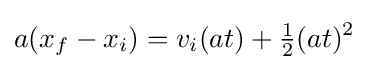
a(x_{f}-x_{i})=v_{i}(at)+{\tfrac {1}{2}}(at)^{2}